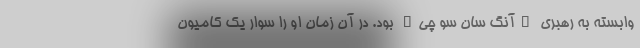
وابسته به رهبری "آنگ سان سو چی" بود. در آن زمان او را سوار یک کامیون